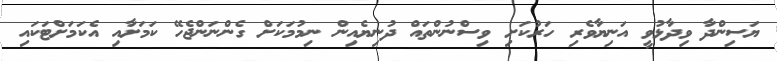
ޔަސިންދާ ވިދާޅުވީ އަނިޔާވެރި ހަރުކަށި ވިސްނުންތައް ދުނިޔެއިން ނިމުމަކަށް ގެންނަންޖެހޭ ކަމަށާއި އެކަމަށްޓަކައި